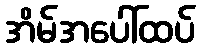
အိမ်အပေါ်ထပ်